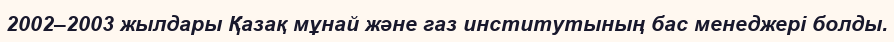
2002–2003 жылдары Қазақ мұнай және газ институтының бас менеджері болды.